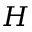
\mathcal Ḋ H Ḍ